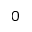
0